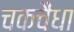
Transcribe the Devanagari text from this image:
चकचैंधा